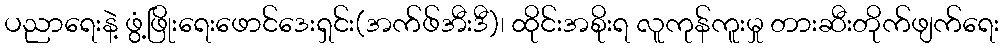
ပညာရေးနဲ့ ဖွံ့ဖြိုးရေးဖောင်ဒေးရှင်း(အက်ဖ်အီးဒီ)၊ ထိုင်းအစိုးရ လူကုန်ကူးမှု တားဆီးတိုက်ဖျက်ရေး